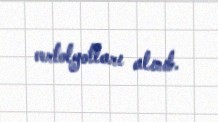
vertolyotları alınıb.